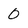
Character: 0